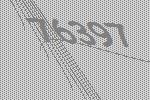
76397